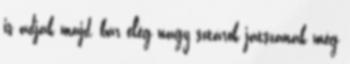
is adják majd, bár elég nagy sztárok játszanak még